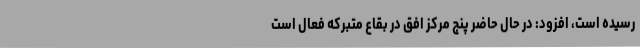
رسیده است، افزود: در حال حاضر پنج مرکز افق در بقاع متبرکه فعال است